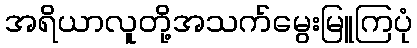
အရိယာလူတို့အသက်မွေးမြူကြပုံ